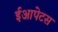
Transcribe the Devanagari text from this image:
ईआपेटस